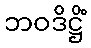
ဘဝဒိဋ္ဌိံ